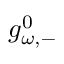
g _ { \omega , - } ^ { 0 }